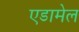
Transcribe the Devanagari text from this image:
एडामेल